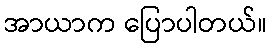
အာယာက ပြောပါတယ်။